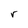
Character: r